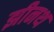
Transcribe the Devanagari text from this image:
झीनथ